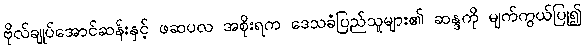
ဗိုလ်ချုပ်အောင်ဆန်းနှင့် ဖဆပလ အစိုးရက ဒေသခံပြည်သူများ၏ ဆန္ဒကို မျက်ကွယ်ပြု၍